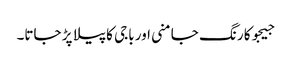
جیجوکا رنگ جامنی اور باجی کا پیلا پڑ جاتا۔